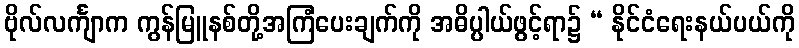
ဗိုလ်လင်္ကျာက ကွန်မြူနစ်တို့အကြံပေးချက်ကို အဓိပ္ပါယ်ဖွင့်ရာ၌ “ နိုင်ငံရေးနယ်ပယ်ကို